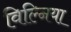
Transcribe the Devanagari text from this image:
विल्निया